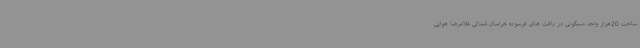
ساخت 20هزار واحد مسکونی در بافت های فرسوده خراسان شمالی غلامرضا هوایی